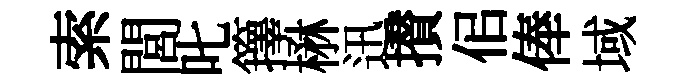
索閭叱籜楙迅攅佀俸域